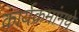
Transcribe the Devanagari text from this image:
कार्यक्रमांमधे